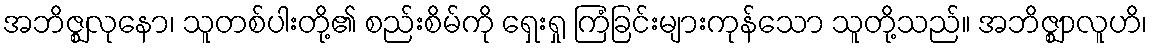
အဘိဇ္ဈလုနော၊ သူတစ်ပါးတို့၏ စည်းစိမ်ကို ရှေးရှု ကြံခြင်းများကုန်သော သူတို့သည်။ အဘိဇ္ဈာလူဟိ၊